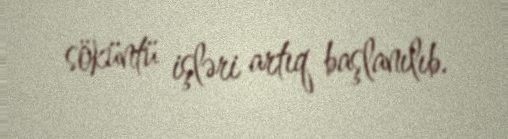
söküntü işləri artıq başlanılıb.